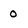
Character: 0